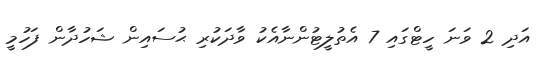
އަދި 2 ވަނަ ހީޓްގައި 7 އެތުލީޓުންނާއެކު ވާދަކުރި ޙުސައިން ޝަހުދާން ފަހުމީ